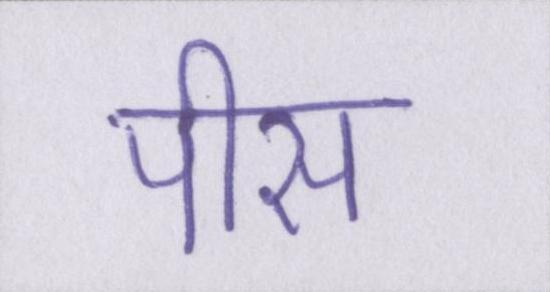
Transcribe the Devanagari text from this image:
पीस